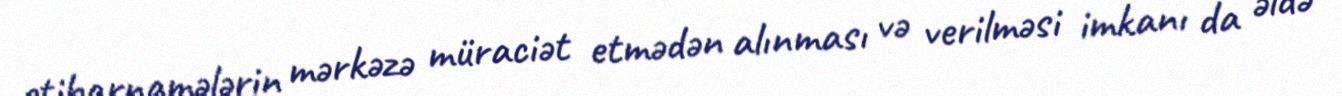
etibarnamələrin mərkəzə müraciət etmədən alınması və verilməsi imkanı da əldə